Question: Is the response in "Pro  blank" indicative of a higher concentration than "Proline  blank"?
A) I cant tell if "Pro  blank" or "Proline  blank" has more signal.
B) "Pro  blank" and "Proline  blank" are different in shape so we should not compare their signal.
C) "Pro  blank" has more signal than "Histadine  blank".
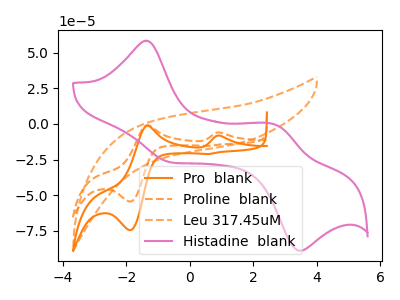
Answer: <think>The orange curve "Pro  blank" has anodic peaks at (0.95V, -8.25uA) (-1.35V, -1.25uA) and cathodic peaks at (-1.90V, -74.50uA) (0.60V, -21.10uA). The orange dashed curve "Proline  blank" has anodic peaks at (0.95V, -6.00uA) (-1.35V, -0.90uA) and cathodic peaks at (-1.90V, -54.40uA) (0.60V, -15.40uA). The orange dashed curve "Leu 317.45uM" has no peaks. The pink curve "Histadine  blank" has anodic peaks at (-1.40V, 58.30uA) (2.65V, -0.35uA) and cathodic peaks at (-0.55V, -27.10uA) (3.50V, -88.85uA).
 All the peaks in "Pro  blank" have a peak in "Proline  blank" at the same potential.</think>
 <answer>A) I cant tell if "Pro  blank" or "Proline  blank" has more signal.</answer>
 <eval>A</eval>